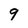
Character: 9